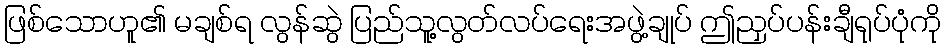
ဖြစ်သောဟူ၏ မချစ်ရ လွန်ဆွဲ ပြည်သူ့လွတ်လပ်ရေးအဖွဲ့ချုပ် ဤညှပ်ပန်းချီရုပ်ပုံကို